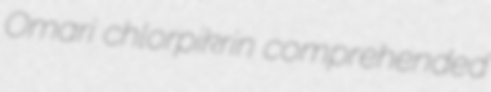
Omari chlorpikrin comprehended